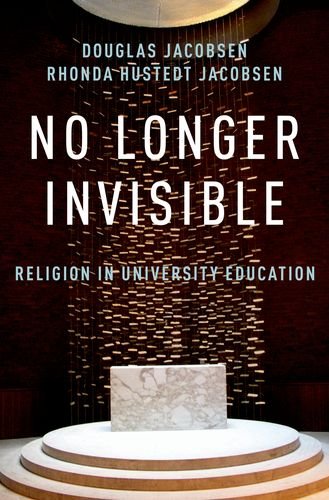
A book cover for No Longer Invisible: Religion in University Education; Rhonda Hustedt Jacobsen; Religion & Spirituality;